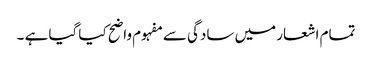
تمام اشعار میں سادگی سے مفہوم واضح کیا گیا ہے ۔